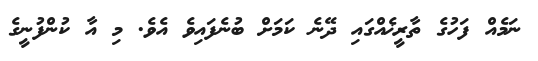
ނަމެއް ފަހުގެ ތާރީޚެއްގައި ދޭނެ ކަމަށް ބުނެފައިވެ އެވެ. މި އާ ކުންފުނީގެ